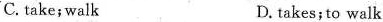
C.take;walk D. takes;to walk